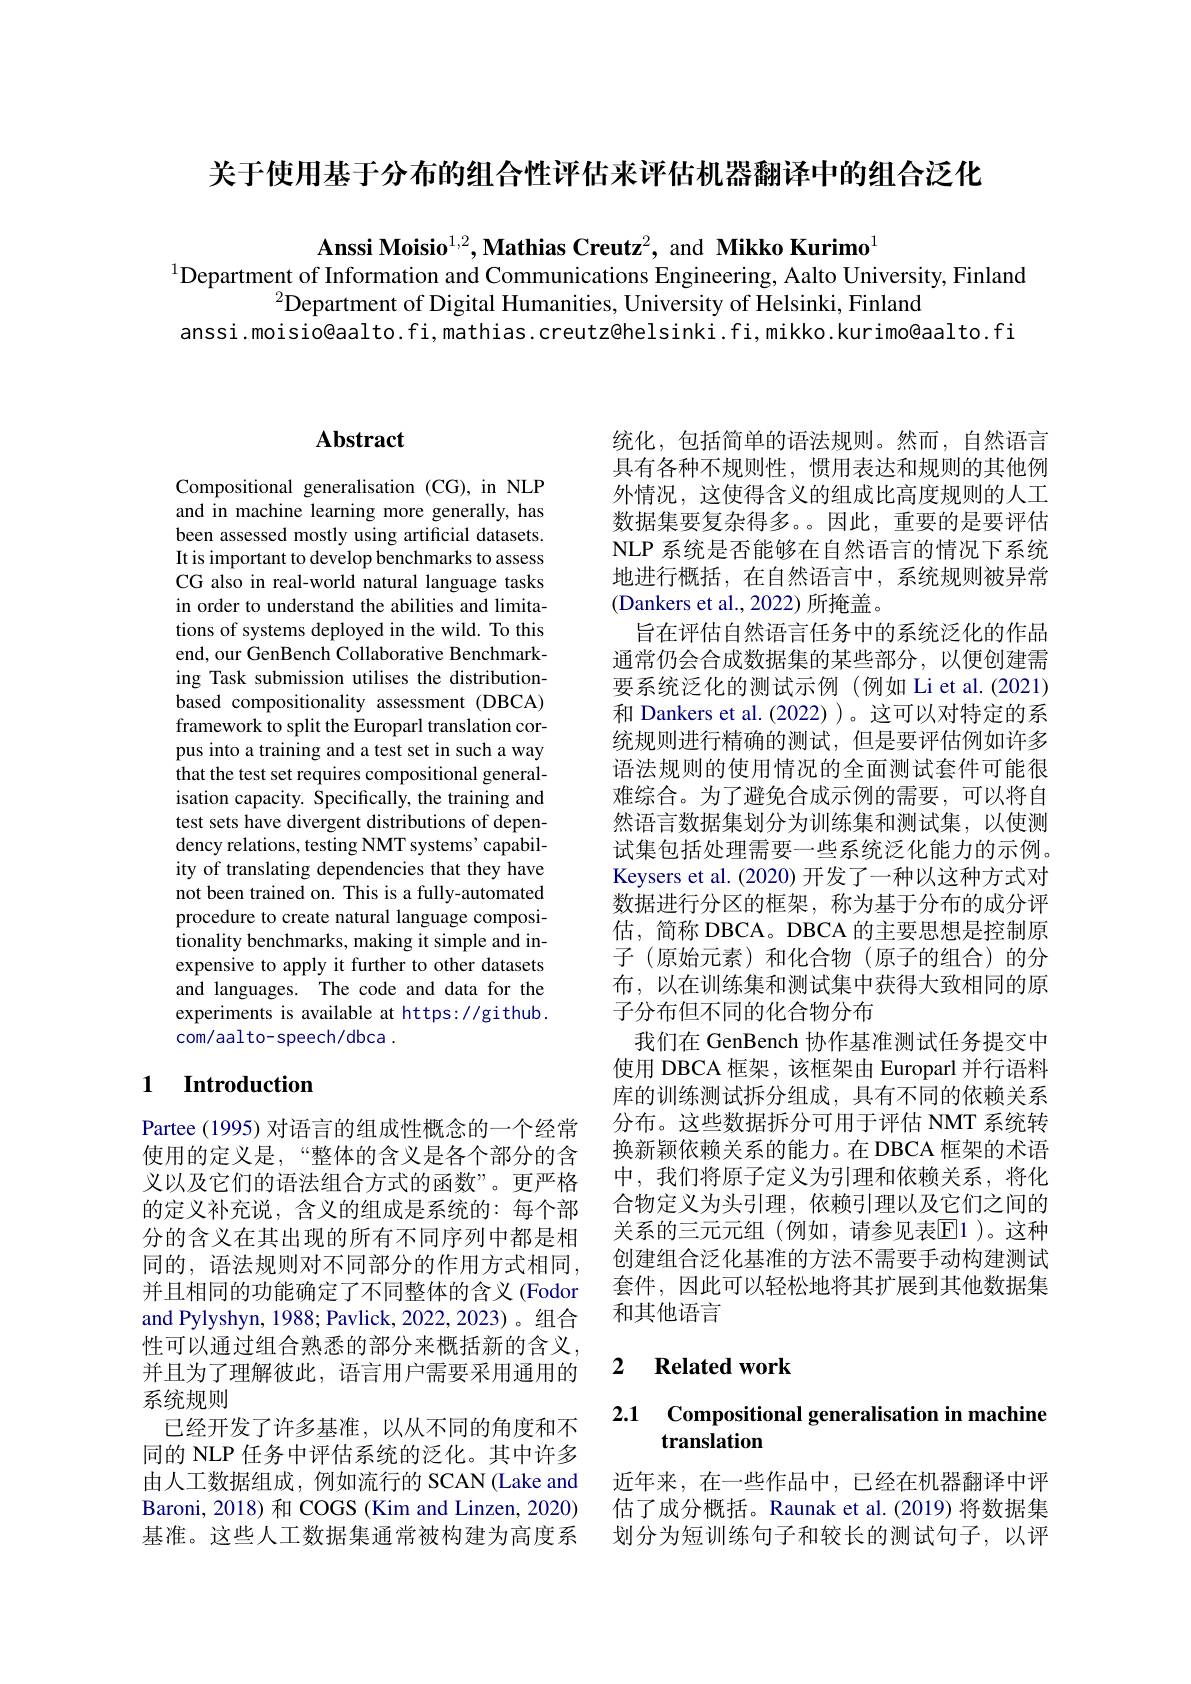
关于使用基于分布的组合性评估来评估机器翻译中的组合泛化

$\mathbf{Anssi~Moisio}^{1,2},\mathbf{Mathias~Creutz}^{2}$, and Mikko Kurimo
$^{1}$Department of Information and Communications Engineering, Aalto University, Finland
$^{2}$Department of Digital Humanities, University of Helsinki, Finland
anssi.moisio@aalto.fi,mathias.creutz@helsinki.fi,mikko.kurimo@aalto.fi

## $\mathbf{Abstract}$

Compositional generalisation (CG), in NLP and in machine learning more generally, has been assessed mostly using artificial datasets. It is important to develop benchmarks to assess CG also in real-world natural language tasks in order to understand the abilities and limitations of systems deployed in the wild. To this end, our GenBench Collaborative Benchmarking Task submission utilises the distributionbased compositionality assessment (DBCA) framework to split the Europarl translation corpus into a training and a test set in such a way that the test set requires compositional generalisation capacity. Specifically, the training and test sets have divergent distributions of dependency relations, testing NMT systems' capability of translating dependencies that they have not been trained on. This is a fully-automated procedure to create natural language compositionality benchmarks, making it simple and inexpensive to apply it further to other datasets and languages. The code and data for the experiments is available at https://github. com/aalto-speech/dbca.

## 1 Introduction

Partee (1995) 对语言的组成性概念的一个经常使用的定义是，“整体的含义是各个部分的含义以及它们的语法组合方式的函数”。更严格的定义补充说，含义的组成是系统的：每个部分的含义在其出现的所有不同序列中都是相同的，语法规则对不同部分的作用方式相同， 并且相同的功能确定了不同整体的含义 (Fodor and Pylyshyn, 1988; Pavlick, 2022, 2023)。组合性可以通过组合熟悉的部分来概括新的含义， 并且为了理解彼此，语言用户需要采用通用的系统规则
已经开发了许多基准，以从不同的角度和不同的 NLP 任务中评估系统的泛化。其中许多由人工数据组成，例如流行的 SCAN (Lake and Baroni, 2018) 和 COGS (Kim and Linzen, 2020) 基准。这些人工数据集通常被构建为高度系

统化，包括简单的语法规则。然而，自然语言具有各种不规则性，惯用表达和规则的其他例外情况，这使得含义的组成比高度规则的人工数据集要复杂得多。。因此，重要的是要评估NLP 系统是否能够在自然语言的情况下系统地进行概括，在自然语言中，系统规则被异常(Dankers et al., 2022) 所掩盖。
旨在评估自然语言任务中的系统泛化的作品通常仍会合成数据集的某些部分，以便创建需要系统泛化的测试示例 (例如 Li et al.(2021) 和 Dankers et al. (2022) )。这可以对特定的系统规则进行精确的测试，但是要评估例如许多语法规则的使用情况的全面测试套件可能很难综合。为了避免合成示例的需要，可以将自然语言数据集划分为训练集和测试集，以使测试集包括处理需要一些系统泛化能力的示例。Keysers et al. (2020) 开发了一种以这种方式对数据进行分区的框架，称为基于分布的成分评估，简称 DBCA。DBCA 的主要思想是控制原子 (原始元素)和化合物(原子的组合)的分布，以在训练集和测试集中获得大致相同的原子分布但不同的化合物分布
我们在 GenBench 协作基准测试任务提交中使用 DBCA 框架，该框架由 Europarl 并行语料库的训练测试拆分组成，具有不同的依赖关系分布。这些数据拆分可用于评估 NMT 系统转换新颖依赖关系的能力。在 DBCA 框架的术语中，我们将原子定义为引理和依赖关系，将化合物定义为头引理，依赖引理以及它们之间的关系的三元元组(例如，请参见表$\mathbb{E}$1)。这种创建组合泛化基准的方法不需要手动构建测试套件，因此可以轻松地将其扩展到其他数据集和其他语言

## 2 $\textbf{Related work}$

### 2.1 Compositional generalisation in machine $\mathbf{translation}$

近年来，在一些作品中，已经在机器翻译中评估了成分概括。Raunak et al.(2019) 将数据集划分为短训练句子和较长的测试句子，以评